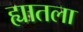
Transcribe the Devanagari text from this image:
ह्यातला